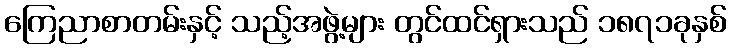
ကြေညာစာတမ်းနှင့် သည့်အဖွဲ့များ တွင်ထင်ရှားသည် ၁၈၇၁ခုနှစ်